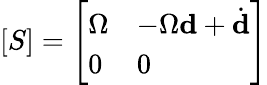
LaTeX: [S]={\left[\begin{array}{ll}{\Omega}&{-\Omega{\textbf{d}}+{\dot{\textbf{d}}}}\\ {0}&{0}\end{array}\right]}